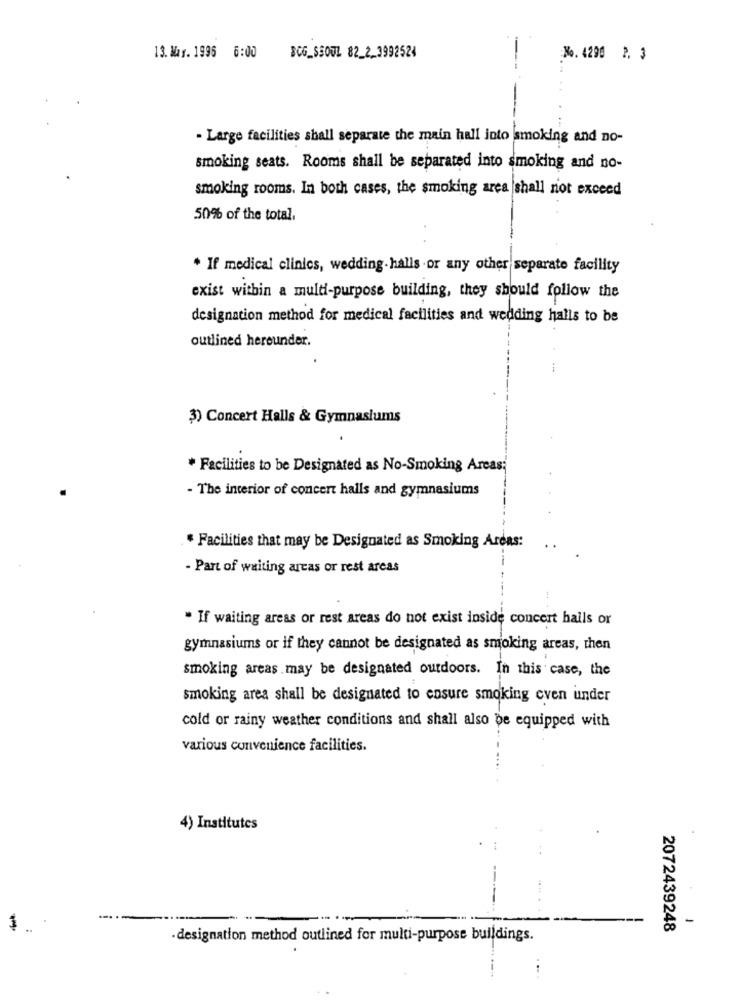
13. Mas. 1996 6:00
BCG_SSOUL 82_2_3992524
No. 4290 2. 3
- Large facilities shall separate the main hall into smoking and no-
smoking seats. Rooms shall be separated into smoking and no-
smoking rooms. In both cases, the smoking area shall not exceed
50% of the total,
* If medical clinics, wedding.halls or any other separate facility
exist within a multi-purpose building, they should follow the
designation method for medical facilities and wedding halls to be
outlined hereunder.
3) Concert Halls & Gymnasiums
* Facilities to be Designated as No-Smoking Areas;
- The interior of concert halls and gymnasiums
* Facilities that may be Designated as Smoking Areas:
..
- Part of waiting arcas or rest areas
" If waiting areas or rest areas do not exist inside concert halls or
gymnasiums or if they cannot be designated as smoking areas, then
smoking areas .may be designated outdoors. In this case, the
smoking area shall be designated to ensure smoking even under
cold or rainy weather conditions and shall also be equipped with
various convenience facilities.
4) Institutes
-
$
2072439248
designation method outlined for multi-purpose buildings.